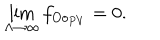
\lim _ { \Lambda \to \infty } f _ { O o _ { P V } } = 0 .